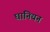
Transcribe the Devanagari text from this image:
घानियन